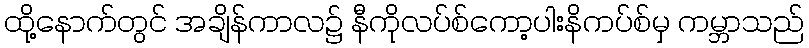
ထို့နောက်တွင် အချိန်ကာလ၌ နီကိုလပ်စ်ကော့ပါးနိကပ်စ်မှ ကမ္ဘာသည်